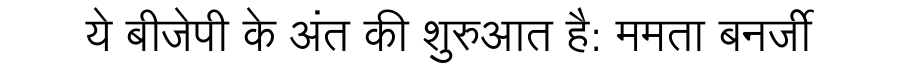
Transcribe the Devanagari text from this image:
ये बीजेपी के अंत की शुरुआत है: ममता बनर्जी